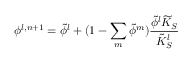
\phi ^ { l , n + 1 } = \tilde { \phi } ^ { l } + ( 1 - \sum _ { m } \tilde { \phi } ^ { m } ) \frac { \tilde { \phi } ^ { l } \widetilde { K } _ { S } } { \tilde { K } _ { S } ^ { l } }